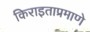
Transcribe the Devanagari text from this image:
किराइताप्रमाणे